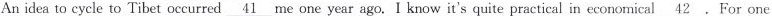
An idea to cycle to Tibet occurred \underline{41} me one year ago. I know it's quite practical in economical \underline{42} .For one